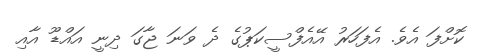
ކޮށްފަ އެވެ. އެފަހަރު އޭއެފްސީކަޕުގެ ދެ ވަނަ ޖާގަ ދިނީ އައްޑޫ އާއި